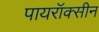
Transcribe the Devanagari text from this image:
पायरॉक्सीन